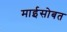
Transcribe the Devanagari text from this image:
माईसोबत